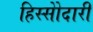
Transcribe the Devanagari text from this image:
हिस्सेोदारी